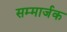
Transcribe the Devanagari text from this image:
सम्मार्जक